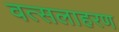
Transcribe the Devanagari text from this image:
वत्सलाहरण